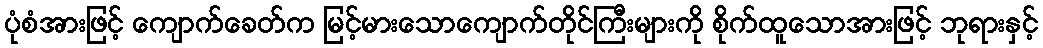
ပုံစံအားဖြင့် ကျောက်ခေတ်က မြင့်မားသောကျောက်တိုင်ကြီးများကို စိုက်ထူသောအားဖြင့် ဘုရားနှင့်